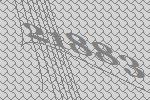
21883